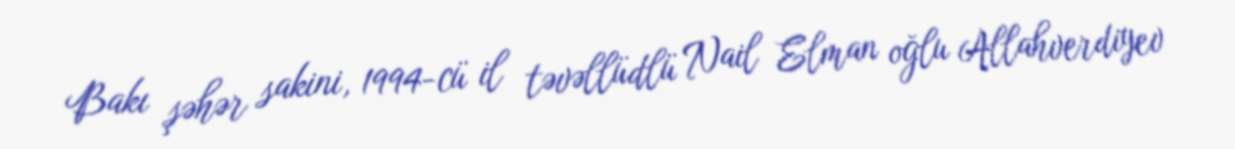
Bakı şəhər sakini, 1994-cü il təvəllüdlü Nail Elman oğlu Allahverdiyev